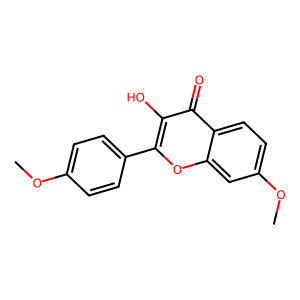
SMILES: COc1ccc(-c2oc3cc(OC)ccc3c(=O)c2O)cc1
Inhibits HIV replication: No